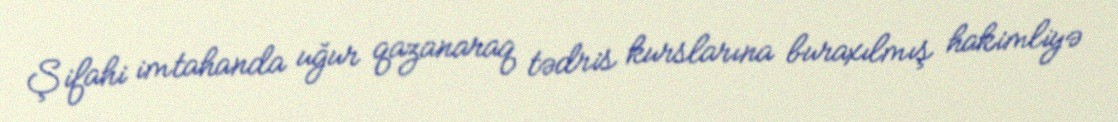
Şifahi imtahanda uğur qazanaraq tədris kurslarına buraxılmış hakimliyə